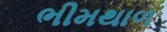
ભીમથાળ